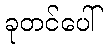
ခုတင်ပေါ်